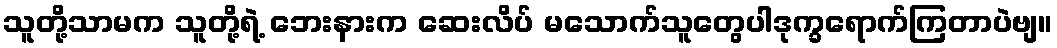
သူတို့သာမက သူတို့ရဲ့ ဘေးနားက ဆေးလိပ် မသောက်သူတွေပါဒုက္ခရောက်ကြတာပဲဗျ။